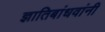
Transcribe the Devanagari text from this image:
ज्ञातिबांधवांनी